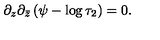
\partial _ { z } \partial _ { \bar { z } } \left( \psi - \log \tau _ { 2 } \right) = 0 .